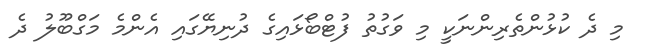
މި ދެ ކުޅުންތެރިންނަކީ މި ވަގުތު ފުޓްބޯޅައިގެ ދުނިޔޭގައި އެންމެ މަގްބޫލު ދެ